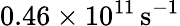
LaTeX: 0.46\times 10^{11}\, \mathrm{s}^{-1}